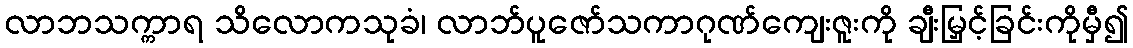
လာဘသက္ကာရ သိလောကသုခံ၊ လာဘ်ပူဇော်သကာဂုဏ်ကျေးဇူးကို ချီးမြှင့်ခြင်းကိုမှီ၍